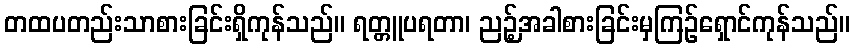
တထပတည်းသာစားခြင်းရှိကုန်သည်။ ရတ္တူပရတာ၊ ညဉ့်အခါစားခြင်းမှကြဉ်ရှောင်ကုန်သည်။